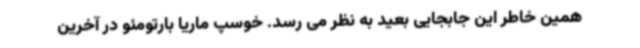
همین خاطر این جابجایی بعید به نظر می رسد. خوسپ ماریا بارتومئو در آخرین